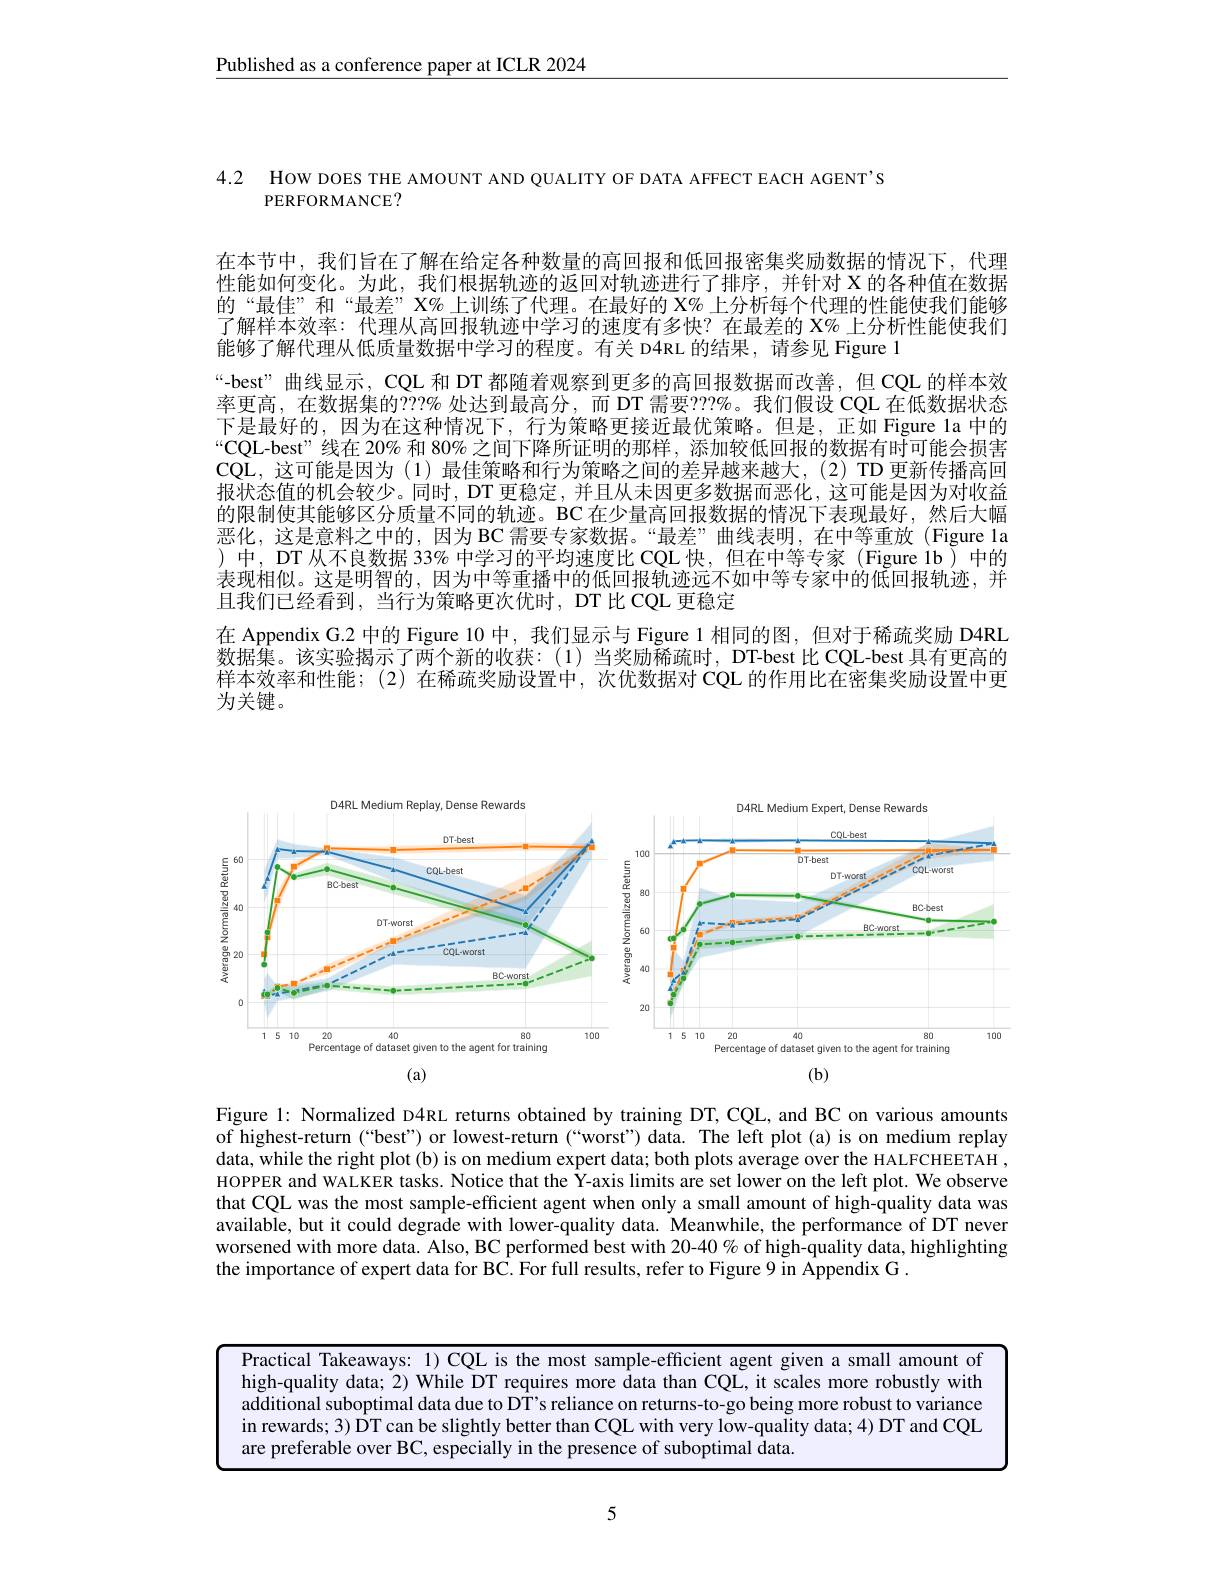
$\underline{\text{Published as a conference paper at ICLR 2024}}$

4.2 How DOES THE AMOUNT AND QUALITY OF DATA AFFECT EACH AGENT'S
PERFORMANCE?

在本节中，我们旨在了解在给定各种数量的高回报和低回报密集奖励数据的情况下，代理性能如何变化。为此，我们根据轨迹的返回对轨迹进行了排序，并针对 X 的各种值在数据的“最佳”和“最差”X%上训练了代理。在最好的 X% 上分析每个代理的性能使我们能够了解样本效率：代理从高回报轨迹中学习的速度有多快？在最差的 X% 上分析性能使我们能够了解代理从低质量数据中学习的程度。有关 D4RL 的结果，请参见 Figure 1
“-best”曲线显示，CQL 和 DT 都随着观察到更多的高回报数据而改善，但 CQL 的样本效率更高，在数据集的？?% 处达到最高分，而 DT 需要？??%。我们假设 CQL 在低数据状态下是最好的，因为在这种情况下，行为策略更接近最优策略。但是，正如 Figure la 中的“CQL-best”线在 20% 和 80% 之间下降所证明的那样，添加较低回报的数据有时可能会损害CQL,这可能是因为(1)最佳策略和行为策略之间的差异越来越大，(2)TD 更新传播高回报状态值的机会较少。同时，DT 更稳定，并且从未因更多数据而恶化，这可能是因为对收益的限制使其能够区分质量不同的轨迹。BC 在少量高回报数据的情况下表现最好，然后大幅恶化，这是意料之中的，因为 BC 需要专家数据。“最差”曲线表明，在中等重放(Figure la )中，DT 从不良数据 33% 中学习的平均速度比 CQL 快，但在中等专家 (Figure 1b) 中的表现相似。这是明智的，因为中等重播中的低回报轨迹远不如中等专家中的低回报轨迹，并且我们已经看到，当行为策略更次优时，DT 比 CQL 更稳定
在 Appendix G.2 中的 Figure 10 中，我们显示与 Figure 1 相同的图，但对于稀疏奖励 D4RL 数据集。该实验揭示了两个新的收获：(1)当奖励稀疏时，DT-best 比 CQL-best 具有更高的样本效率和性能；(2)在稀疏奖励设置中，次优数据对 CQL 的作用比在密集奖励设置中更为关键。

<FigureHere>

Figure l: Normalized D4RL returns obtained by training DT, CQL, and BC on various amounts of highest-return (“'best”) or lowest-return (“worst") data. The left plot (a) is on medium replay data, while the right plot (b) is on medium expert data; both plots average over the HALFCHEETAH , HOPPER and WALKER tasks. Notice that the Y-axis limits are set lower on the left plot. We observe that CQL was the most sample-efficient agent when only a small amount of high-quality data was available, but it could degrade with lower-quality data. Meanwhile, the performance of DT never worsened with more data. Also, BC performed best with 20-40 % of high-quality data, highlighting the importance of expert data for BC. For full results, refer to Figure 9 in Appendix G .

5